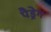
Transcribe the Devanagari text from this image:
पैड्रेग